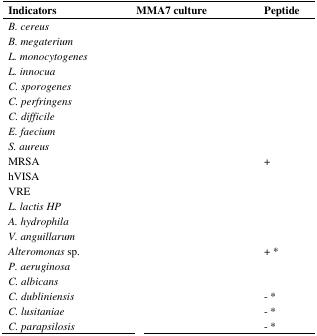
<table><thead><tr><td><b>Indicators</b></td><td><b>MMA7 culture</b></td><td><b>Peptide</b></td></tr></thead><tbody><tr><td><i>B. cereus</i></td><td>[EMPTY_CELL]</td><td>[EMPTY_CELL]</td></tr><tr><td><i>B. megaterium</i></td><td>[EMPTY_CELL]</td><td>[EMPTY_CELL]</td></tr><tr><td><i>L. monocytogenes</i></td><td>[EMPTY_CELL]</td><td>[EMPTY_CELL]</td></tr><tr><td><i>L. innocua</i></td><td>[EMPTY_CELL]</td><td>[EMPTY_CELL]</td></tr><tr><td><i>C. sporogenes</i></td><td>[EMPTY_CELL]</td><td>[EMPTY_CELL]</td></tr><tr><td><i>C. perfringens</i></td><td>[EMPTY_CELL]</td><td>[EMPTY_CELL]</td></tr><tr><td><i>C. difficile</i></td><td>[EMPTY_CELL]</td><td>[EMPTY_CELL]</td></tr><tr><td><i>E. faecium</i></td><td>[EMPTY_CELL]</td><td>[EMPTY_CELL]</td></tr><tr><td><i>S. aureus</i></td><td>[EMPTY_CELL]</td><td>[EMPTY_CELL]</td></tr><tr><td>MRSA</td><td>[EMPTY_CELL]</td><td>+</td></tr><tr><td>hVISA</td><td>[EMPTY_CELL]</td><td>[EMPTY_CELL]</td></tr><tr><td>VRE </td><td>[EMPTY_CELL]</td><td>[EMPTY_CELL]</td></tr><tr><td><i>L. lactis HP</i></td><td>[EMPTY_CELL]</td><td>[EMPTY_CELL]</td></tr><tr><td><i>A. hydrophila</i></td><td>[EMPTY_CELL]</td><td>[EMPTY_CELL]</td></tr><tr><td><i>V. anguillarum</i></td><td>[EMPTY_CELL]</td><td>[EMPTY_CELL]</td></tr><tr><td><i>Alteromonas</i> sp.</td><td>[EMPTY_CELL]</td><td>+ *</td></tr><tr><td><i>P. aeruginosa</i></td><td>[EMPTY_CELL]</td><td>[EMPTY_CELL]</td></tr><tr><td><i>C. albicans</i></td><td>[EMPTY_CELL]</td><td>[EMPTY_CELL]</td></tr><tr><td><i>C. dubliniensis</i></td><td>[EMPTY_CELL]</td><td>- *</td></tr><tr><td><i>C. lusitaniae</i></td><td>[EMPTY_CELL]</td><td>- *</td></tr><tr><td><i>C. parapsilosis</i></td><td>[EMPTY_CELL]</td><td>- *</td></tr></tbody></table>